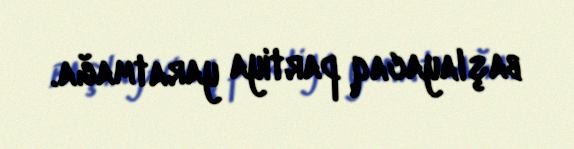
başlayacaq partiya yaratmağa.